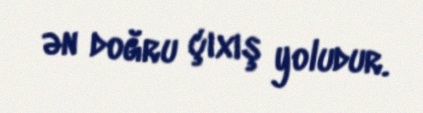
ən doğru çıxış yoludur.